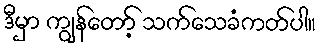
ဒီမှာ ကျွန်တော့် သက်သေခံကတ်ပါ။